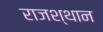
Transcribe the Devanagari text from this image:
राजश्थान